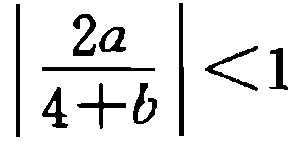
$\left|\frac{2a}{4 + b}\right| < 1$